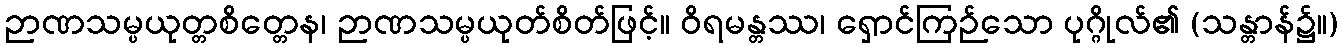
ဉာဏသမ္ပယုတ္တစိတ္တေန၊ ဉာဏသမ္ပယုတ်စိတ်ဖြင့်။ ဝိရမန္တဿ၊ ရှောင်ကြဉ်သော ပုဂ္ဂိုလ်၏ (သန္တာန်၌။)